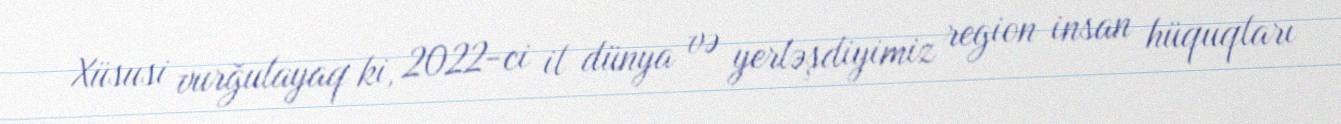
Xüsusi vurğulayaq ki, 2022-ci il dünya və yerləşdiyimiz region insan hüquqları